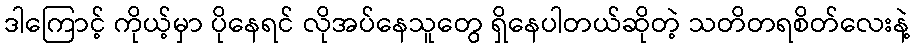
ဒါကြောင့် ကိုယ့်မှာ ပိုနေရင် လိုအပ်နေသူတွေ ရှိနေပါတယ်ဆိုတဲ့ သတိတရစိတ်လေးနဲ့